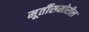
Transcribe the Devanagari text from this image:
मूर्तीसमोरील